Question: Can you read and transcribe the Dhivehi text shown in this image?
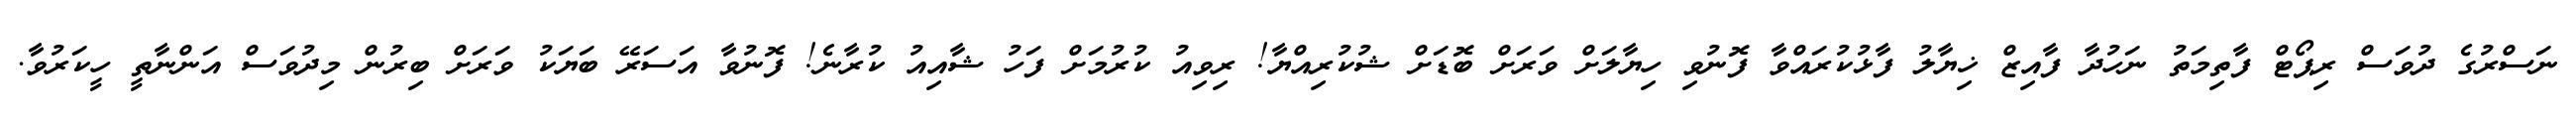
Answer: ނަސްރުގެ ދުވަސް ރިޕޯޓް ފާތިމަތު ނަހުދާ ފާއިޒް ޚިޔާލު ފާޅުކުރައްވާ ފޮނުވި ހިޔާލަށް ވަރަށް ބޮޑަށް ޝުކުރިއްޔާ! ރިވިއު ކުރުމަށް ފަހު ޝާއިއު ކުރާނެ! ފޮނުވާ އަސަރޭ ބަޔަކު ވަރަށް ބިރުން މިދުވަސް އަންނާތީ ހީކަރުވާ.